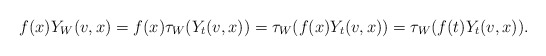
\begin{align*}f(x)Y_W(v,x) = f(x)\tau_W(Y_t(v,x)) =\tau_W(f(x)Y_t(v,x)) = \tau_W(f(t)Y_t(v,x)).\end{align*}